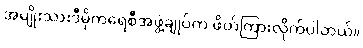
အမျိုးသားဒီမိုကရေစီအဖွဲ့ချုပ်က ဖိတ်ကြားလိုက်ပါတယ်။